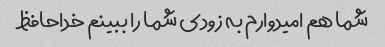
شما هم امیدوارم به زودی شما را ببینم خداحافظ